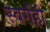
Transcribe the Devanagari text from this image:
स्वर्गही